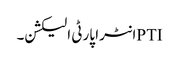
PTIانٹرا پارٹی الیکشن۔